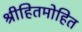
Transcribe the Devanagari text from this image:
श्रीहितमोहित